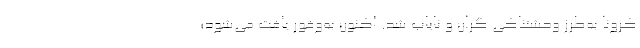
کرونا به‌طرز وحشتناکی گران و نایاب شد. اکنون به‌وفور یافت می‌شود؛